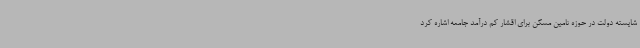
شایسته دولت در حوزه تامین مسکن برای اقشار کم درآمد جامعه اشاره کرد